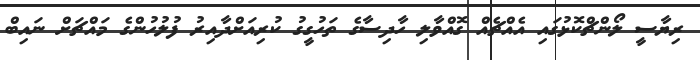
ރިޔާސީ ލޯންޗްކޮޅުގައި އެއްޗެއް ގޮއްވާލި ހާދިސާގެ ތަހުގީގު ކުރިއަށްދާއިރު ފުލުހުންގެ މައްޗަށް ނައިބް